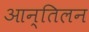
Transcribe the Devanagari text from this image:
आन्तिलन